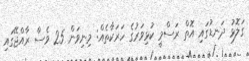
ގަލޮޅު ދަނޑުގައި އޮތް ރަސްމީ ކުޅިވަރުގެ ހަރަކާތެއް: މިނިވަން 25 ވެސް ރާއްޖޭގައި